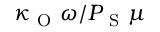
\kappa _ { \mathrm { ~ O ~ } } \omega / P _ { \mathrm { ~ S ~ } } \mu